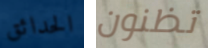
الحدائق تظنون